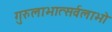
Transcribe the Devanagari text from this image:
गुरुलाभात्सर्वलाभो